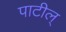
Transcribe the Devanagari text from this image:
पाटील्